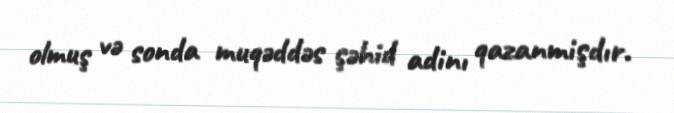
olmuş və sonda muqəddəs şəhid adinı qazanmişdır.